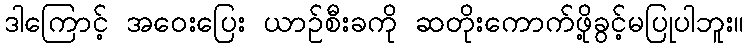
ဒါကြောင့် အဝေးပြေး ယာဉ်စီးခကို ဆတိုးကောက်ဖို့ခွင့်မပြုပါဘူး။